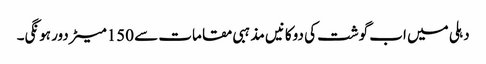
دہلی میں اب گوشت کی دوکانیں مذہبی مقامات سے 150میٹر دور ہونگی۔